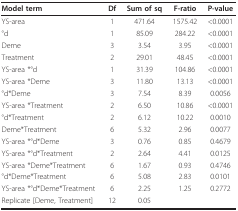
<table><thead><tr><td><b>Model term</b></td><td><b>Df</b></td><td><b>Sum of sq</b></td><td><b>F-ratio</b></td><td><b>P-value</b></td></tr></thead><tbody><tr><td>YS-area</td><td>1</td><td>471.64</td><td>1575.42</td><td>&lt;0.0001</td></tr><tr><td>°d</td><td>1</td><td>85.09</td><td>284.22</td><td>&lt;0.0001</td></tr><tr><td>Deme</td><td>3</td><td>3.54</td><td>3.95</td><td>&lt;0.0001</td></tr><tr><td>Treatment</td><td>2</td><td>29.01</td><td>48.45</td><td>&lt;0.0001</td></tr><tr><td>YS-area *°d</td><td>1</td><td>31.39</td><td>104.86</td><td>&lt;0.0001</td></tr><tr><td>YS-area *Deme</td><td>3</td><td>11.80</td><td>13.13</td><td>&lt;0.0001</td></tr><tr><td>°d*Deme</td><td>3</td><td>7.54</td><td>8.39</td><td>0.0056</td></tr><tr><td>YS-area *Treatment</td><td>2</td><td>6.50</td><td>10.86</td><td>&lt;0.0001</td></tr><tr><td>°d*Treatment</td><td>2</td><td>6.12</td><td>10.22</td><td>0.0010</td></tr><tr><td>Deme*Treatment</td><td>6</td><td>5.32</td><td>2.96</td><td>0.0077</td></tr><tr><td>YS-area *°d*Deme</td><td>3</td><td>0.76</td><td>0.85</td><td>0.4679</td></tr><tr><td>YS-area *°d*Treatment</td><td>2</td><td>2.64</td><td>4.41</td><td>0.0125</td></tr><tr><td>YS-area *Deme*Treatment</td><td>6</td><td>1.67</td><td>0.93</td><td>0.4746</td></tr><tr><td>°d*Deme*Treatment</td><td>6</td><td>5.08</td><td>2.83</td><td>0.0101</td></tr><tr><td>YS-area *°d*Deme*Treatment</td><td>6</td><td>2.25</td><td>1.25</td><td>0.2772</td></tr><tr><td>Replicate [Deme, Treatment]</td><td>12</td><td>0.05</td><td></td><td></td></tr></tbody></table>